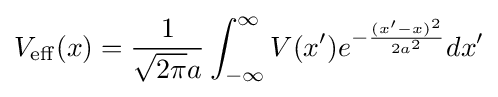
V_{\mathrm {eff} }(x)={\frac {1}{{\sqrt {2\pi }}a}}\int _{-\infty }^{\infty }V(x')e^{-{\frac {(x'-x)^{2}}{2a^{2}}}}dx'